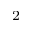
^ 2